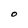
Character: O